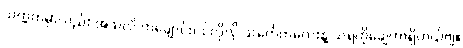
သက္ကတမှာလည်း အဲသလို တချောင်းငင်လိုလို သင်္ကေတလေးနဲ့ သရကိုချေတာရှိတယ်ဗျ။